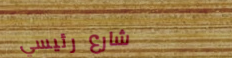
شارع رئيسي